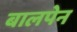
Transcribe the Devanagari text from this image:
बालपेन